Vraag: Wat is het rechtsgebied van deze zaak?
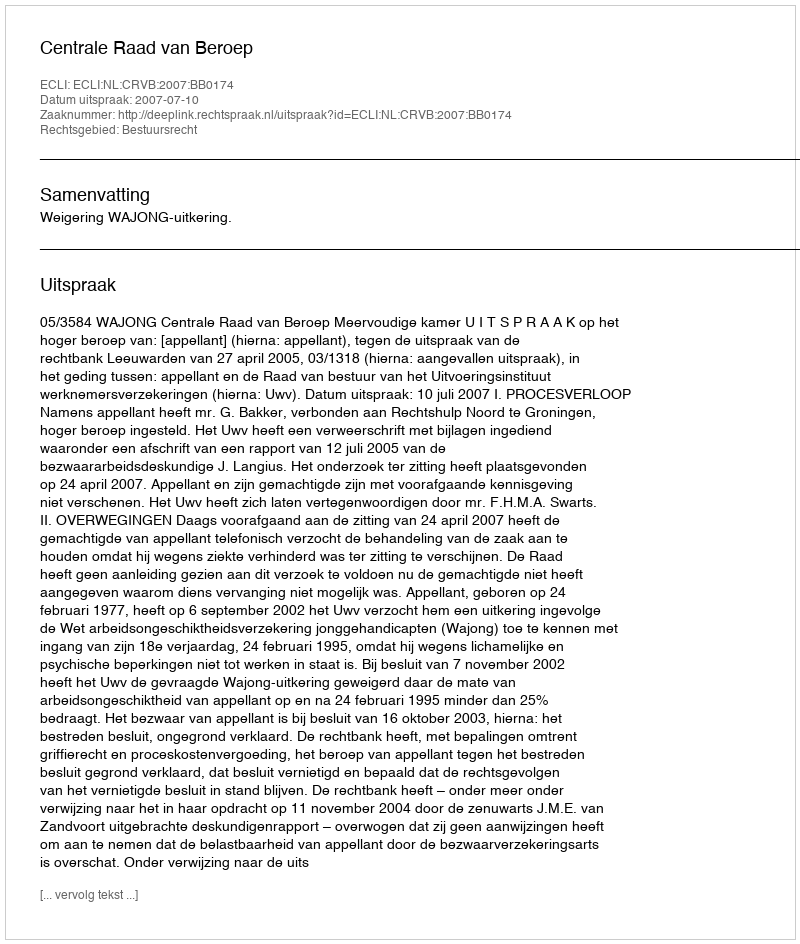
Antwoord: Bestuursrecht